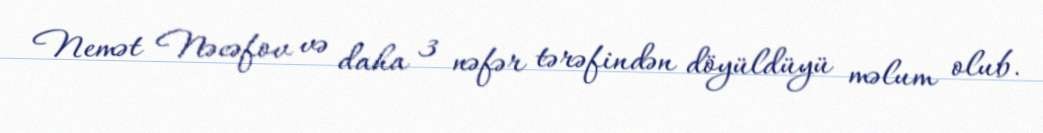
Nemət Nəcəfov və daha 3 nəfər tərəfindən döyüldüyü məlum olub.